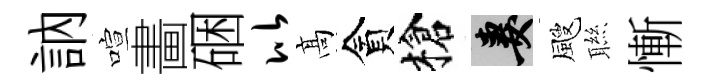
訥喧畵硱比髙貪槍妻颼聮慚